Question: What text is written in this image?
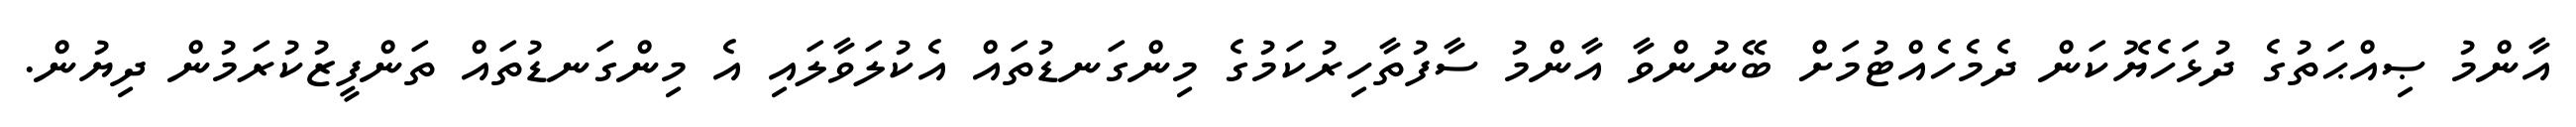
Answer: އާންމު ޞިއްޙަތުގެ ދުޅަހެޔޮކަން ދެމެހެއްޓުމަށް ބޭނުންވާ އާންމު ސާފުތާހިރުކަމުގެ މިންގަނޑުތައް އެކުލަވާލައި އެ މިންގަނޑުތައް ތަންފީޒުކުރަމުން ދިޔުން.